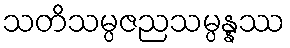
သတိသမ္ပဇညသမ္ပန္နဿ